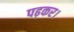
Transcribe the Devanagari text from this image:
पढ़कर।